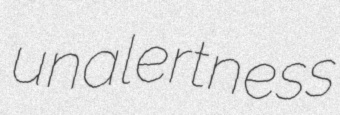
unalertness